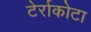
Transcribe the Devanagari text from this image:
टेर्राकोटा